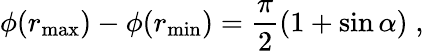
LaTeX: \phi(r_{\operatorname*{max}})-\phi(r_{\operatorname*{min}})=\frac{\pi}{2}\left(1+\sin\alpha\right)\; ,